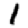
Digit: 1